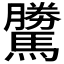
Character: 𩦜